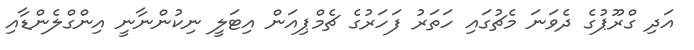
އަދި ގްރޫޕުގެ ދެވަނަ މެޗުގައި ހަތަރު ފަހަރުގެ ޗެމްޕިއަން އިޓަލީ ނިކުންނާނީ އިންގްލެންޑާއި